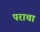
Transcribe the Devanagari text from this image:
पराचा